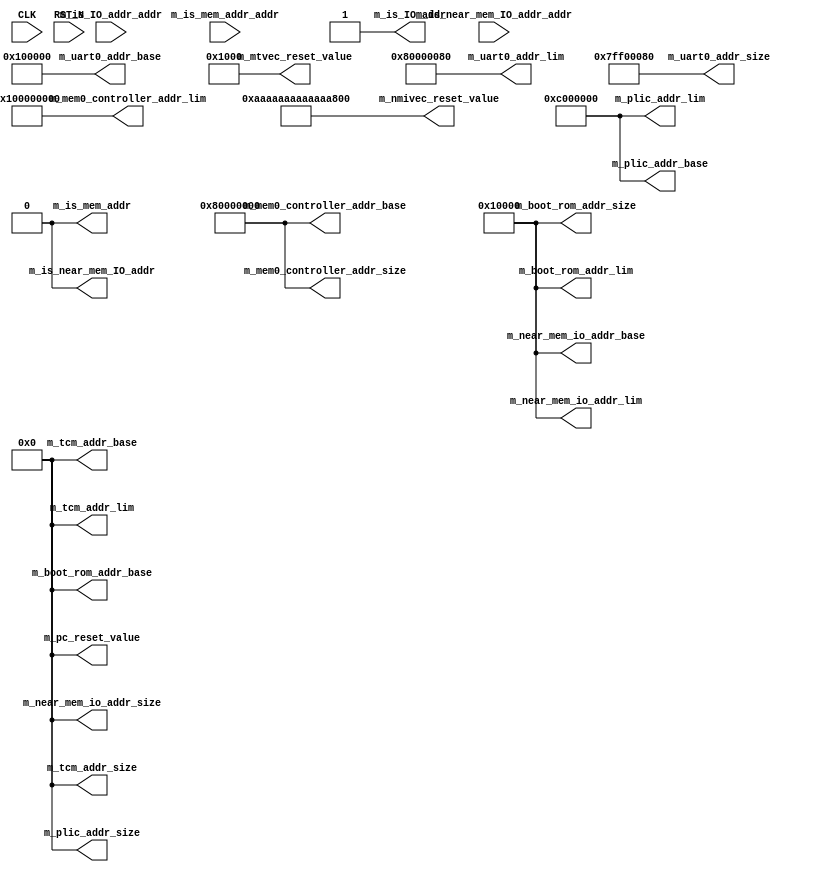
//
// Generated by Bluespec Compiler (build e76ca21)
//
//
//
//
// Ports:
// Name                         I/O  size props
// m_near_mem_io_addr_base        O    64 const
// m_near_mem_io_addr_size        O    64 const
// m_near_mem_io_addr_lim         O    64 const
// m_plic_addr_base               O    64 const
// m_plic_addr_size               O    64 const
// m_plic_addr_lim                O    64 const
// m_uart0_addr_base              O    64 const
// m_uart0_addr_size              O    64 const
// m_uart0_addr_lim               O    64 const
// m_boot_rom_addr_base           O    64 const
// m_boot_rom_addr_size           O    64 const
// m_boot_rom_addr_lim            O    64 const
// m_mem0_controller_addr_base    O    64 const
// m_mem0_controller_addr_size    O    64 const
// m_mem0_controller_addr_lim     O    64 const
// m_tcm_addr_base                O    64 const
// m_tcm_addr_size                O    64 const
// m_tcm_addr_lim                 O    64 const
// m_is_mem_addr                  O     1 const
// m_is_IO_addr                   O     1 const
// m_is_near_mem_IO_addr          O     1 const
// m_pc_reset_value               O    64 const
// m_mtvec_reset_value            O    64 const
// m_nmivec_reset_value           O    64 const
// CLK                            I     1 unused
// RST_N                          I     1 unused
// m_is_mem_addr_addr             I    64 unused
// m_is_IO_addr_addr              I    64 unused
// m_is_near_mem_IO_addr_addr     I    64 unused
//
// No combinational paths from inputs to outputs
//
//

`ifdef BSV_ASSIGNMENT_DELAY
`else
  `define BSV_ASSIGNMENT_DELAY
`endif

`ifdef BSV_POSITIVE_RESET
  `define BSV_RESET_VALUE 1'b1
  `define BSV_RESET_EDGE posedge
`else
  `define BSV_RESET_VALUE 1'b0
  `define BSV_RESET_EDGE negedge
`endif

module mkSoC_Map(CLK,
		 RST_N,

		 m_near_mem_io_addr_base,

		 m_near_mem_io_addr_size,

		 m_near_mem_io_addr_lim,

		 m_plic_addr_base,

		 m_plic_addr_size,

		 m_plic_addr_lim,

		 m_uart0_addr_base,

		 m_uart0_addr_size,

		 m_uart0_addr_lim,

		 m_boot_rom_addr_base,

		 m_boot_rom_addr_size,

		 m_boot_rom_addr_lim,

		 m_mem0_controller_addr_base,

		 m_mem0_controller_addr_size,

		 m_mem0_controller_addr_lim,

		 m_tcm_addr_base,

		 m_tcm_addr_size,

		 m_tcm_addr_lim,

		 m_is_mem_addr_addr,
		 m_is_mem_addr,

		 m_is_IO_addr_addr,
		 m_is_IO_addr,

		 m_is_near_mem_IO_addr_addr,
		 m_is_near_mem_IO_addr,

		 m_pc_reset_value,

		 m_mtvec_reset_value,

		 m_nmivec_reset_value);
  input  CLK;
  input  RST_N;

  // value method m_near_mem_io_addr_base
  output [63 : 0] m_near_mem_io_addr_base;

  // value method m_near_mem_io_addr_size
  output [63 : 0] m_near_mem_io_addr_size;

  // value method m_near_mem_io_addr_lim
  output [63 : 0] m_near_mem_io_addr_lim;

  // value method m_plic_addr_base
  output [63 : 0] m_plic_addr_base;

  // value method m_plic_addr_size
  output [63 : 0] m_plic_addr_size;

  // value method m_plic_addr_lim
  output [63 : 0] m_plic_addr_lim;

  // value method m_uart0_addr_base
  output [63 : 0] m_uart0_addr_base;

  // value method m_uart0_addr_size
  output [63 : 0] m_uart0_addr_size;

  // value method m_uart0_addr_lim
  output [63 : 0] m_uart0_addr_lim;

  // value method m_boot_rom_addr_base
  output [63 : 0] m_boot_rom_addr_base;

  // value method m_boot_rom_addr_size
  output [63 : 0] m_boot_rom_addr_size;

  // value method m_boot_rom_addr_lim
  output [63 : 0] m_boot_rom_addr_lim;

  // value method m_mem0_controller_addr_base
  output [63 : 0] m_mem0_controller_addr_base;

  // value method m_mem0_controller_addr_size
  output [63 : 0] m_mem0_controller_addr_size;

  // value method m_mem0_controller_addr_lim
  output [63 : 0] m_mem0_controller_addr_lim;

  // value method m_tcm_addr_base
  output [63 : 0] m_tcm_addr_base;

  // value method m_tcm_addr_size
  output [63 : 0] m_tcm_addr_size;

  // value method m_tcm_addr_lim
  output [63 : 0] m_tcm_addr_lim;

  // value method m_is_mem_addr
  input  [63 : 0] m_is_mem_addr_addr;
  output m_is_mem_addr;

  // value method m_is_IO_addr
  input  [63 : 0] m_is_IO_addr_addr;
  output m_is_IO_addr;

  // value method m_is_near_mem_IO_addr
  input  [63 : 0] m_is_near_mem_IO_addr_addr;
  output m_is_near_mem_IO_addr;

  // value method m_pc_reset_value
  output [63 : 0] m_pc_reset_value;

  // value method m_mtvec_reset_value
  output [63 : 0] m_mtvec_reset_value;

  // value method m_nmivec_reset_value
  output [63 : 0] m_nmivec_reset_value;

  // signals for module outputs
  wire [63 : 0] m_boot_rom_addr_base,
		m_boot_rom_addr_lim,
		m_boot_rom_addr_size,
		m_mem0_controller_addr_base,
		m_mem0_controller_addr_lim,
		m_mem0_controller_addr_size,
		m_mtvec_reset_value,
		m_near_mem_io_addr_base,
		m_near_mem_io_addr_lim,
		m_near_mem_io_addr_size,
		m_nmivec_reset_value,
		m_pc_reset_value,
		m_plic_addr_base,
		m_plic_addr_lim,
		m_plic_addr_size,
		m_tcm_addr_base,
		m_tcm_addr_lim,
		m_tcm_addr_size,
		m_uart0_addr_base,
		m_uart0_addr_lim,
		m_uart0_addr_size;
  wire m_is_IO_addr, m_is_mem_addr, m_is_near_mem_IO_addr;

  // value method m_near_mem_io_addr_base
  assign m_near_mem_io_addr_base = 64'h0000000000010000 ;

  // value method m_near_mem_io_addr_size
  assign m_near_mem_io_addr_size = 64'h0 ;

  // value method m_near_mem_io_addr_lim
  assign m_near_mem_io_addr_lim = 64'd65536 ;

  // value method m_plic_addr_base
  assign m_plic_addr_base = 64'h000000000C000000 ;

  // value method m_plic_addr_size
  assign m_plic_addr_size = 64'h0 ;

  // value method m_plic_addr_lim
  assign m_plic_addr_lim = 64'd201326592 ;

  // value method m_uart0_addr_base
  assign m_uart0_addr_base = 64'h0000000000100000 ;

  // value method m_uart0_addr_size
  assign m_uart0_addr_size = 64'h000000007FF00080 ;

  // value method m_uart0_addr_lim
  assign m_uart0_addr_lim = 64'h0000000080000080 ;

  // value method m_boot_rom_addr_base
  assign m_boot_rom_addr_base = 64'h0 ;

  // value method m_boot_rom_addr_size
  assign m_boot_rom_addr_size = 64'h0000000000010000 ;

  // value method m_boot_rom_addr_lim
  assign m_boot_rom_addr_lim = 64'd65536 ;

  // value method m_mem0_controller_addr_base
  assign m_mem0_controller_addr_base = 64'h0000000080000000 ;

  // value method m_mem0_controller_addr_size
  assign m_mem0_controller_addr_size = 64'h0000000080000000 ;

  // value method m_mem0_controller_addr_lim
  assign m_mem0_controller_addr_lim = 64'h0000000100000000 ;

  // value method m_tcm_addr_base
  assign m_tcm_addr_base = 64'h0 ;

  // value method m_tcm_addr_size
  assign m_tcm_addr_size = 64'd0 ;

  // value method m_tcm_addr_lim
  assign m_tcm_addr_lim = 64'd0 ;

  // value method m_is_mem_addr
  assign m_is_mem_addr = 1'd0 ;

  // value method m_is_IO_addr
  assign m_is_IO_addr = 1'd1 ;

  // value method m_is_near_mem_IO_addr
  assign m_is_near_mem_IO_addr = 1'd0 ;

  // value method m_pc_reset_value
  assign m_pc_reset_value = 64'h0 ;

  // value method m_mtvec_reset_value
  assign m_mtvec_reset_value = 64'h0000000000001000 ;

  // value method m_nmivec_reset_value
  assign m_nmivec_reset_value = 64'hAAAAAAAAAAAAAAAA ;
endmodule  // mkSoC_Map